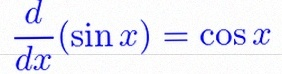
\frac{d}{dx}(\sin x)=\cos x